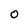
Character: 0